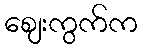
ဈေးကွက်က